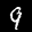
Label: 9